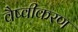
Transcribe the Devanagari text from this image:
वैष्वीकरण